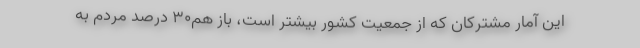
این آمار مشترکان که از جمعیت کشور بیشتر است، باز هم۳۰ درصد مردم به